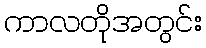
ကာလတိုအတွင်း